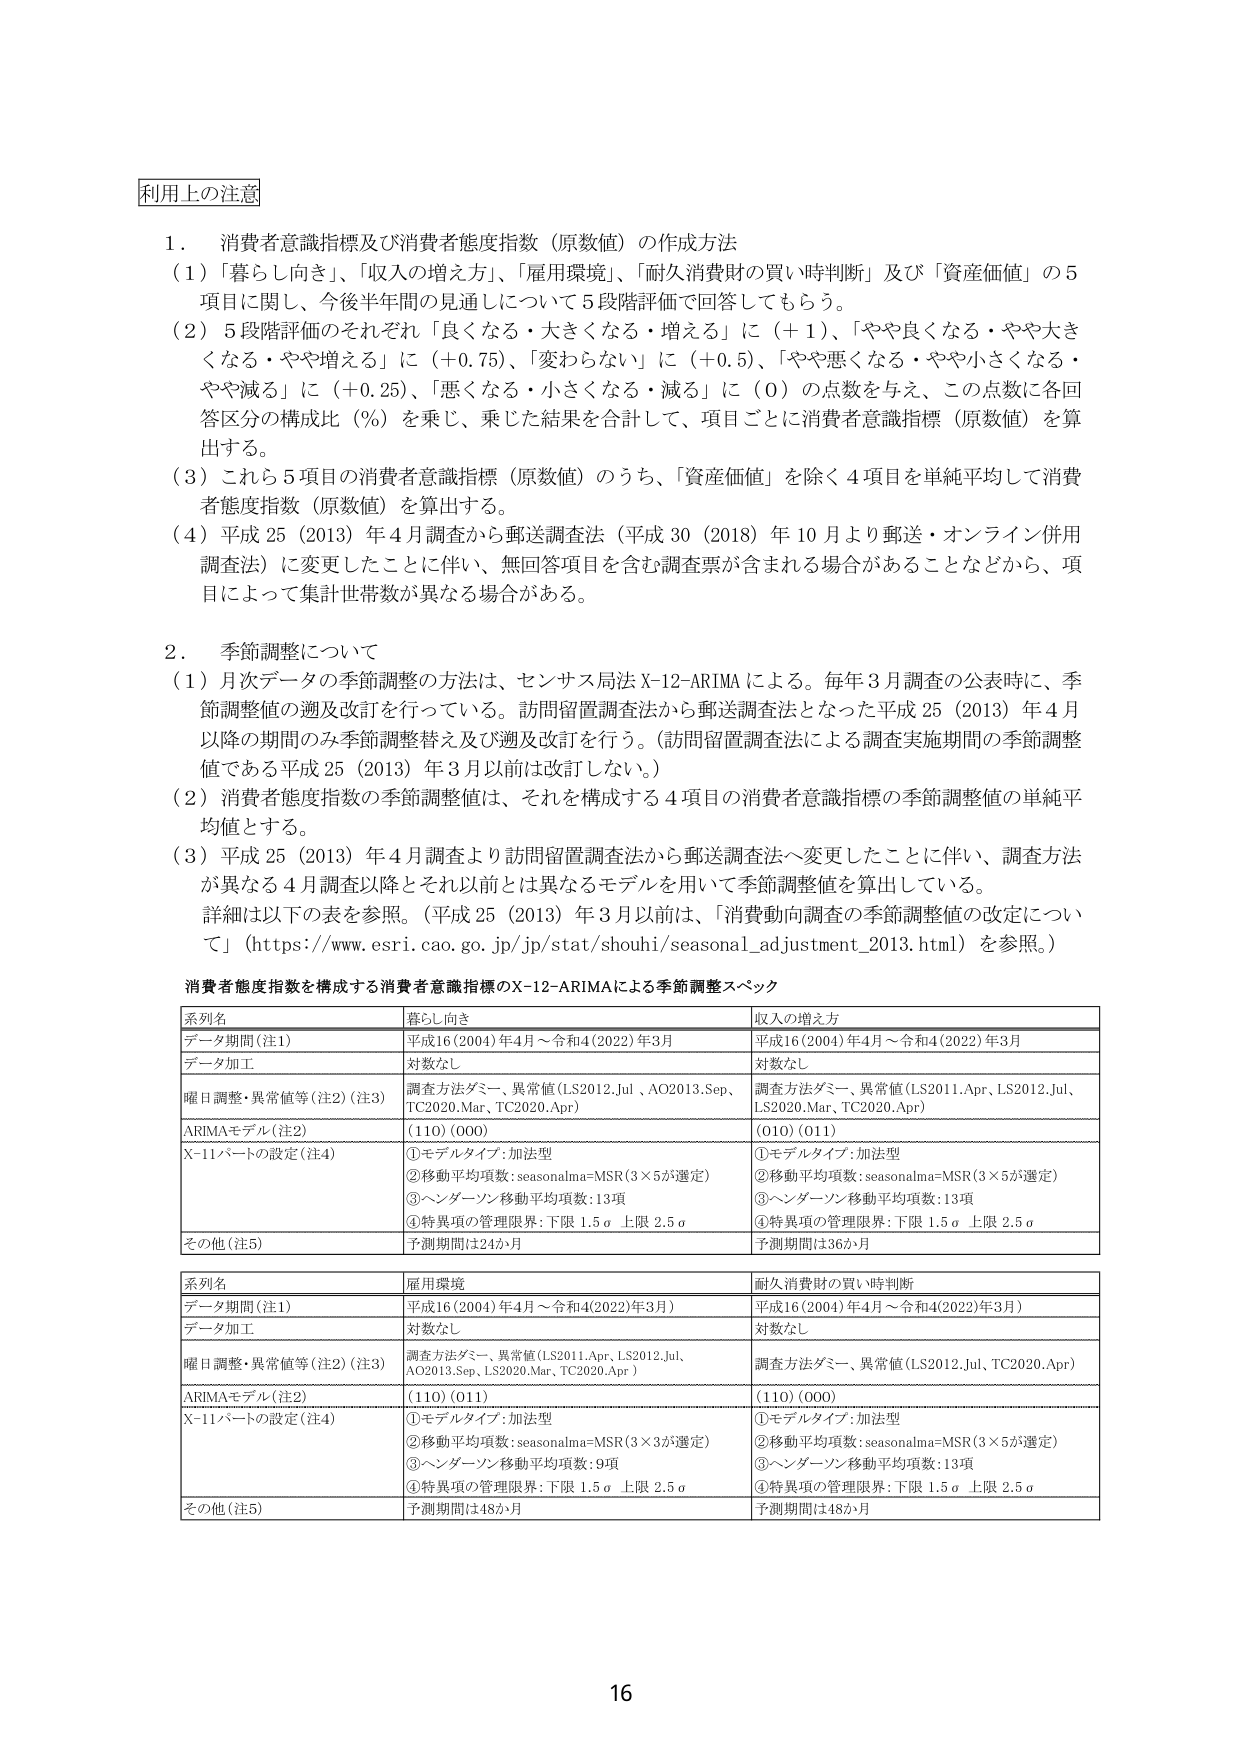
利用上の注意

1．消費者意識指標及び消費者態度指数（原数値）の作成方法
（1）「暮らし向き」、「収入の増え方」、「雇用環境」、「耐久消費財の買い時判断」及び「資産価値」の5項目に関して、今後半年間の見通しについて5段階評価で回答してもらう。
（2）5段階評価のそれぞれ「良くなる・大きくなる・増える」に（＋1）、「やや良くなる・やや大きくなる・やや増える」に（＋0.75）、「変わらない」に（＋0.5）、「やや悪くなる・やや小さくなる・やや減る」に（＋0.25）、「悪くなる・小さくなる・減る」に（0）の点数を与え、この点数に各回答区分の構成比（％）を乗じ、乗じた結果を合計して、項目ごとに消費者意識指標（原数値）を算出する。
（3）これら5項目の消費者意識指標（原数値）のうち、「資産価値」を除く4項目を単純平均して消費者態度指数（原数値）を算出する。
（4）平成25（2013）年4月調査から郵送調査法（平成30（2018）年10月より郵送・オンライン併用調査法）に変更したことに伴い、無回答項目を含む調査票が含まれる場合があることなどから、項目によって集計世帯数が異なる場合がある。

2．季節調整について
（1）月次データの季節調整の方法は、センサス局法X-12-ARIMAによる。毎年3月調査の公表時に、季節調整値の週及改訂を行っている。訪問留置調査法から郵送調査法となった平成25（2013）年4月以降の期間のみ季節調整替え及び週及改訂を行う。（訪問留置調査法による調査実施期間の季節調整値である平成25（2013）年3月以前は改訂しない。）
（2）消費者態度指数の季節調整値は、それを構成する4項目の消費者意識指標の季節調整値の単純平均値とする。
（3）平成25（2013）年4月調査より訪問留置調査法から郵送調査法へ変更したことに伴い、調査方法が異なる4月調査以降とそれ以前とは異なるモデルを用いて季節調整値を算出している。
詳細は以下の表を参照。（平成25（2013）年3月以前は、「消費動向調査の季節調整値の改定について」（https://www.esri.cao.go.jp/jp/stat/shouhi/seasonal_adjustment_2013.html）を参照。）

消費者態度指数を構成する消費者意識指標のX-12-ARIMAによる季節調整スペック

| 系列名 | 暮らし向き | 収入の増え方 |
|---|---|---|
| データ期間（注1） | 平成16（2004）年4月～令和4（2022）年3月 | 平成16（2004）年4月～令和4（2022）年3月 |
| データ加工 | 対数なし | 対数なし |
| 曜日調整・異常値等（注2）（注3） | 調査方法ダミー、異常値（LS2012.Jul、AO2013.Sep、TC2020.Mar、TC2020.Apr） | 調査方法ダミー、異常値（LS2011.Apr、LS2012.Jul、LS2020.Mar、TC2020.Apr） |
| ARIMAモデル（注2） | （110）（000） | （010）（011） |
| X-11パートの設定（注4） | ①モデルタイプ：加法型<br>②移動平均項数：seasonalma=MSR（3×5が選定）<br>③ヘンダーソン移動平均項数：13項<br>④特異項の管理限界：下限1.5σ上限2.5σ | ①モデルタイプ：加法型<br>②移動平均項数：seasonalma=MSR（3×5が選定）<br>③ヘンダーソン移動平均項数：13項<br>④特異項の管理限界：下限1.5σ上限2.5σ |
| その他（注5） | 予測期間は24か月 | 予測期間は36か月 |

| 系列名 | 雇用環境 | 耐久消費財の買い時判断 |
|---|---|---|
| データ期間（注1） | 平成16（2004）年4月～令和4（2022）年3月） | 平成16（2004）年4月～令和4（2022）年3月） |
| データ加工 | 対数なし | 対数なし |
| 曜日調整・異常値等（注2）（注3） | 調査方法ダミー、異常値（LS2011.Apr、LS2012.Jul、AO2013.Sep、LS2020.Mar、TC2020.Apr） | 調査方法ダミー、異常値（LS2012.Jul、TC2020.Apr） |
| ARIMAモデル（注2） | （110）（011） | （110）（000） |
| X-11パートの設定（注4） | ①モデルタイプ：加法型<br>②移動平均項数：seasonalma=MSR（3×3が選定）<br>③ヘンダーソン移動平均項数：9項<br>④特異項の管理限界：下限1.5σ上限2.5σ | ①モデルタイプ：加法型<br>②移動平均項数：seasonalma=MSR（3×5が選定）<br>③ヘンダーソン移動平均項数：13項<br>④特異項の管理限界：下限1.5σ上限2.5σ |
| その他（注5） | 予測期間は48か月 | 予測期間は48か月 |

16